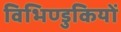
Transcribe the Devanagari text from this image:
विभिण्डुकियों